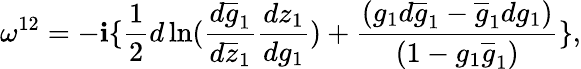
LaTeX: \omega^{12}=-\mathbf{i}\{ \frac{{1}}{{2}}d\ln(\frac{{d\overline{{{{g}}}}_{1}}}{{d\overline{{{{z}}}}_{1}}}\frac{{dz_{1}}}{{dg_{1}}})+\frac{{(g_{1}d\overline{{{{g}}}}_{1}-\overline{{{{g}}}}_{1}dg_{1})}}{{(1-g_{1}\overline{{{{g}}}}_{1})}}\} ,